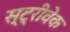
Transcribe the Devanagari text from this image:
स्ट्रीवेक